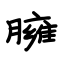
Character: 臃